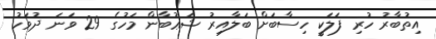
އިތުބާރު ހުރި ފަލަކީ ހިސާބަށް ބަލާއިރު ޝަޢުބާން މަހުގެ 29 ވަނަ ދުވަހު